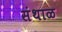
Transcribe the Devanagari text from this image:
संथाळ